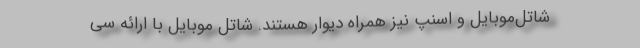
شاتل‌موبایل و اسنپ نیز همراه دیوار هستند. شاتل موبایل با ارائه سی